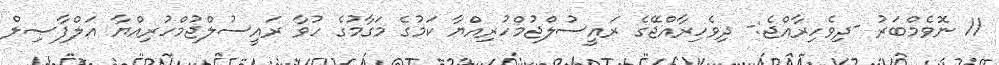
11 ނޮވެމްބަރު -ދިވެހިރާއްޖެ:- ދިވެހިރާއްޖޭގެ ރައީސުލްޖުމްހުރިއްޔާ ކަމުގެ މަގާމުގެ ހުވާ ރައީސުލްޖުމްހުރިއްޔާ އަލްފާޞިލް